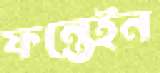
ফন্তেইন